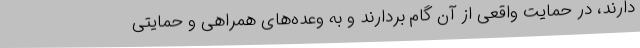
دارند، در حمایت واقعی از آن گام بردارند و به وعده‌های همراهی و حمایتی